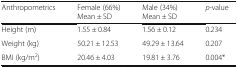
<table><thead><tr><td><b>Anthropometrics</b></td><td><b>Female (66%)Mean ± SD</b></td><td><b>Male (34%)Mean ± SD</b></td><td><b><i>p</i>-value</b></td></tr></thead><tbody><tr><td>Height (m)</td><td>1.55 ± 0.84</td><td>1.56 ± 0.12</td><td>0.234</td></tr><tr><td>Weight (kg)</td><td>50.21 ± 12.53</td><td>49.29 ± 13.64</td><td>0.207</td></tr><tr><td>BMI (kg/m<sup>2</sup>)</td><td>20.46 ± 4.03</td><td>19.81 ± 3.76</td><td>0.004*</td></tr></tbody></table>